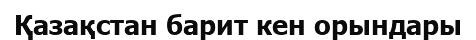
Қазақстан барит кен орындары